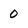
Character: 0